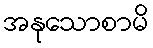
အနုသောစာမိ